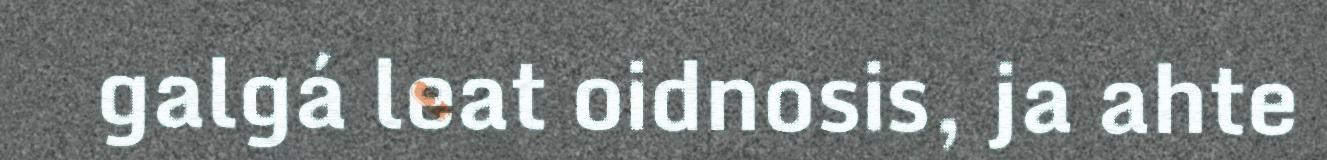
galgá leat oidnosis, ja ahte